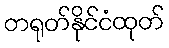
တရုတ်နိုင်ငံထုတ်